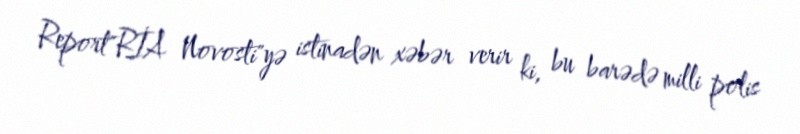
Report"RİA Novosti"yə istinadən xəbər verir ki, bu barədə milli polis